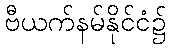
ဗီယက်နမ်နိုင်ငံ၌